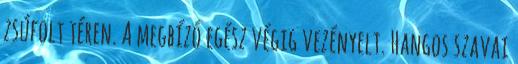
zsúfolt téren. A megbízó egész végig vezényelt. Hangos szavai